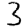
Digit: 3